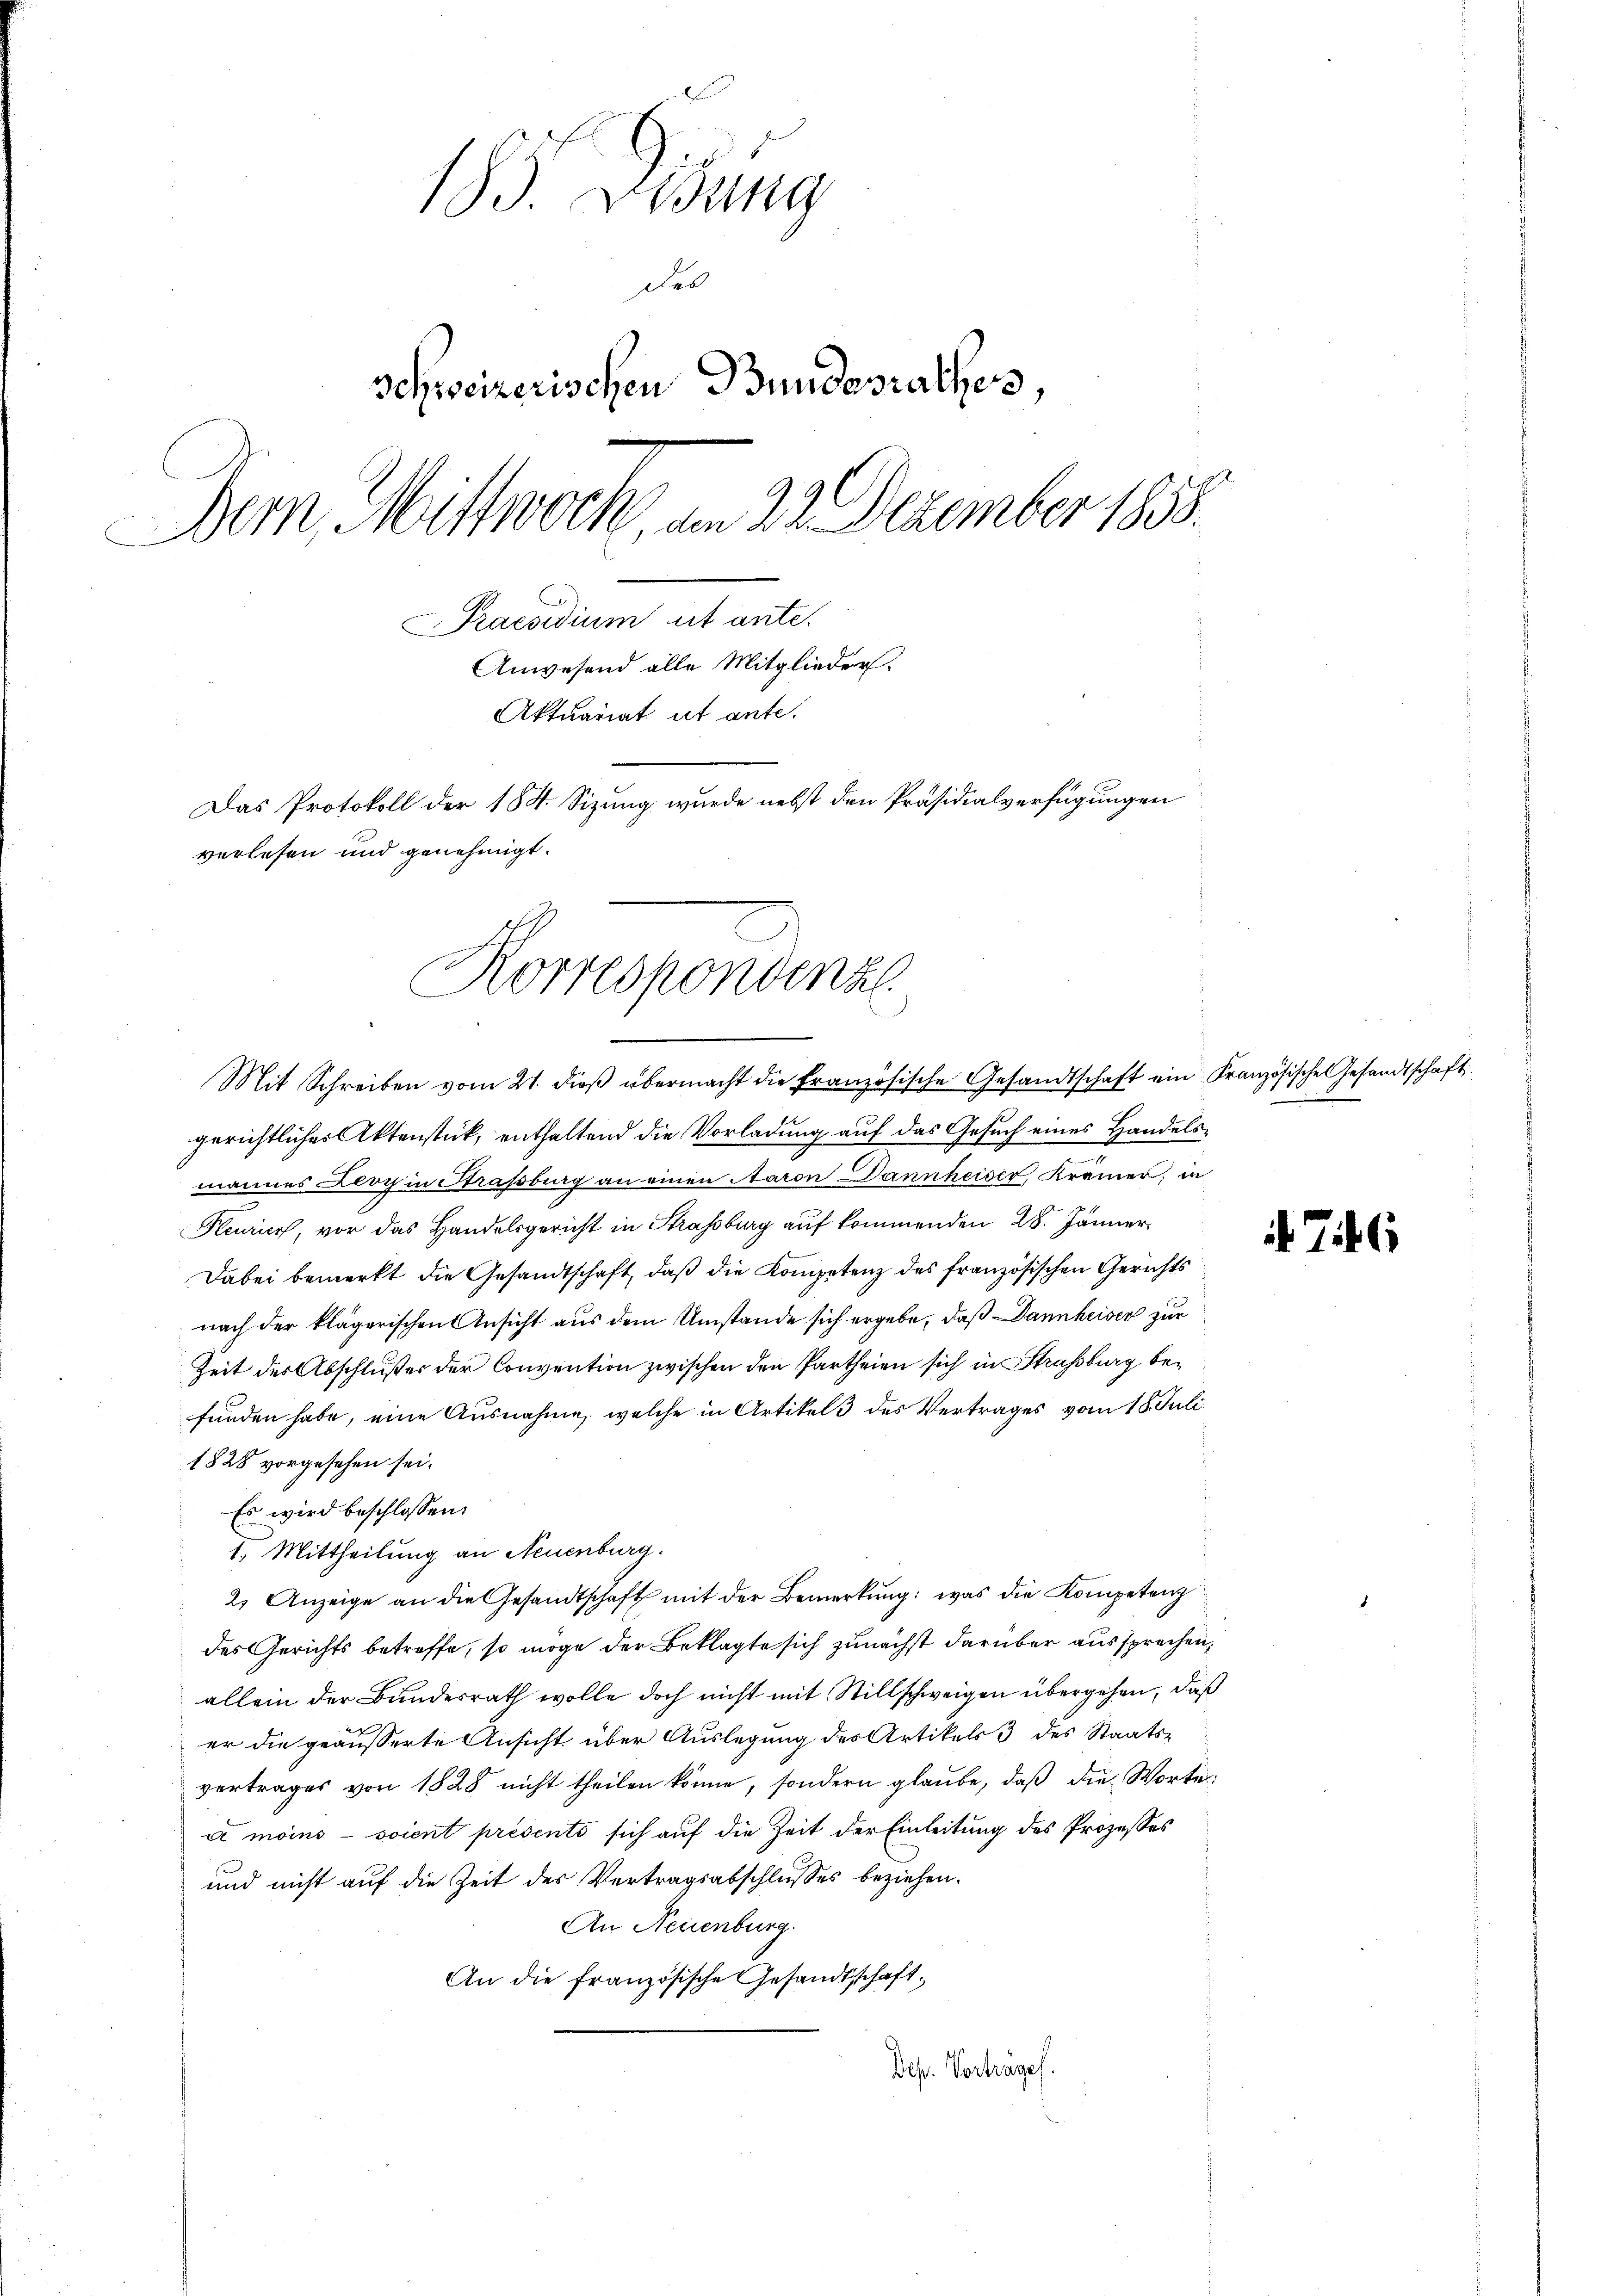
183. Disung
des
Schweizerischen Bundesrathes,
Dem Mittwoch, am 22. Dezember 1858.
Praesidium ut ante.
Anwesend alle Mitglieder.
Aktuariat et ante.
Das Protokoll der 184. Sizung wurde nebst den Präsidialverfügungen
verlesen und genehmigt.

Korrespondenz
Mit Schreiben vom 21. dieβ übermacht die französische Gesandtschaft ein Französische Gesandtschaft

gerichtlicher Aktenstück, enthaltend die Vorladung auf das Gesuch eines Handels¬
.
mannes Kloch in Strassburg an einen Aaron Dannheiser, Krämer, in
Feurier, vor das Handelsgericht in Strassburg auf kommenden 28. Jänner
Dabei bemerkt die Gesandtschaft, daß die Kompetenz des französischen Gerichts
nach der klägerischen Ansicht aus dem Umstände sich ergebe, daß Dannheisen zur
Zeit des Abschlußes der Convention zwischen den Partheien sich in Strassburg befunden habe, eine Ausnahme, welche in Artikel 3 des Vertrages vom 18. Juli
1828 vorgesehen sei.
Es wird beschlossen:
1. Mittheilung an Neuenburg.
2. Anzeige an die Gesandtschaft mit der Bemerkung: was die Kompetenz
des Gerichts betreffe, so möge der Beklagte sich zunächst darüber aussprechen,
allein der Bundesrath wolle doch nicht mit Stillschweigen übergehen, daß
er die geäusserte Ansicht über Auslegung des Artikels 3 des Staatsvertrages von 1828 nicht theilen könne, sondern glaŭbe, daβ die Worte
a moins - soient présenti sich auf die Zeit der Einleitung des Prozesses
und nicht auf die Zeit des Vertragsabschlusses beziehen.
An Neuenburg.
An die französische Gesandtschaft,
Deß. Vortrages.

746